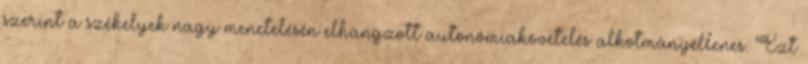
szerint a székelyek nagy menetelésén elhangzott autonómiakövetelés alkotmányellenes. Ezt